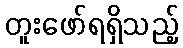
တူးဖော်ရရှိသည့်